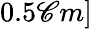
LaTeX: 0.5\mathscr{C}m]